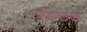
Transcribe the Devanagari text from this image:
रावणाजवळ